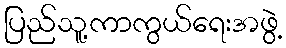
ပြည်သူ့ကာကွယ်ရေးအဖွဲ့